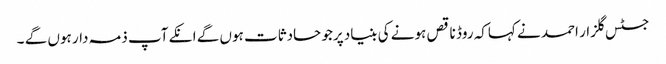
جسٹس گلزار احمد نے کہاکہ روڈ ناقص ہونے کی بنیاد پرجو حادثات ہوں گے انکے آپ ذمہ دار ہوں گے ۔